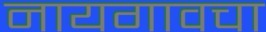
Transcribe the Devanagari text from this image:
नायगावचा